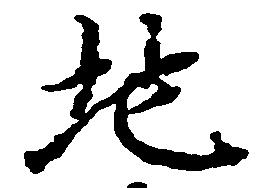
地